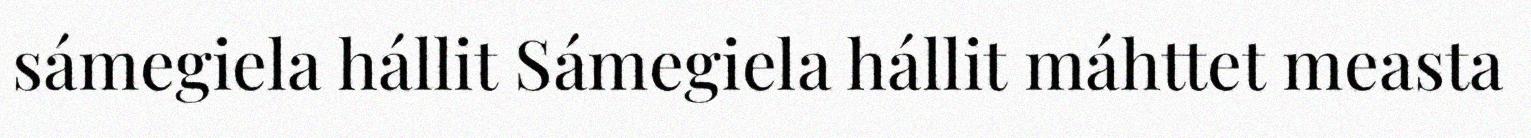
sámegiela hállit Sámegiela hállit máhttet measta